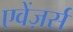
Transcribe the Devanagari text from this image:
एवेंज़र्स